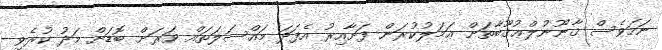
ނަމަވެސް ޤާނޫނުލްޢުޤޫބާތަށް ޢަމަލުކުރަން ފަށާއިރު އެފަދަ މައްސަލަތައް ވަރަށް ބޮޑަށް މަދު ކުރެވި